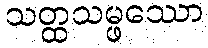
သတ္ထသမ္ဖဿော